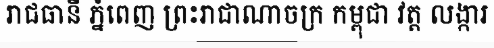
រាជធានី ភ្នំពេញ ព្រះរាជាណាចក្រ កម្ពុជា វត្ត លង្ការ